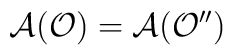
\mathcal{A}(\mathcal{O})=\mathcal{A}(\mathcal{O}^{\prime\prime})